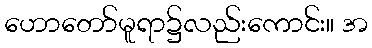
ဟောတော်မူရာ၌လည်းကောင်း။ အ